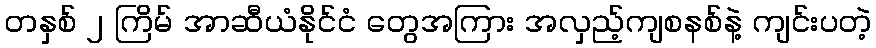
တနှစ် ၂ ကြိမ် အာဆီယံနိုင်ငံ တွေအကြား အလှည့်ကျစနစ်နဲ့ ကျင်းပတဲ့